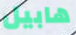
هابيل